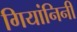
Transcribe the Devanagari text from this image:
गियांनिनी